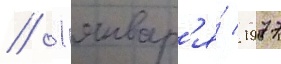
// 1 январ'я́ 1977